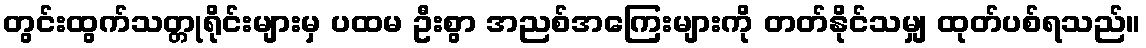
တွင်းထွက်သတ္တုရိုင်းများမှ ပထမ ဦးစွာ အညစ်အကြေးများကို တတ်နိုင်သမျှ ထုတ်ပစ်ရသည်။